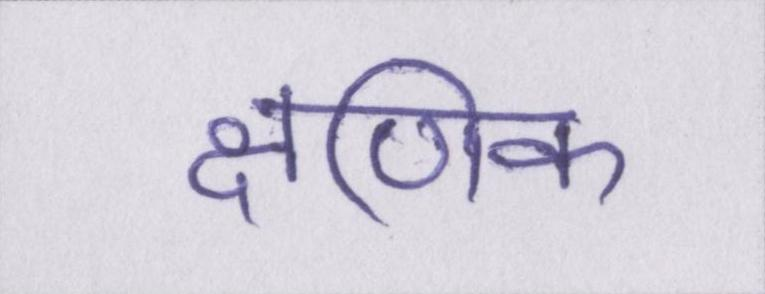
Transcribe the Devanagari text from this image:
क्षणिक